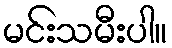
မင်းသမီးပါ။